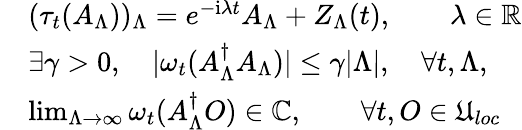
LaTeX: \begin{array}{rl}&{(\tau_{t}(A_{\Lambda}))_{\Lambda}=e^{-\mathrm{i}\lambda t}A_{\Lambda}+Z_{\Lambda}(t),\qquad\lambda\in\mathbb{R}}\\ &{\exists\gamma>0,\quad|\omega_{t}(A_{\Lambda}^{\dagger}A_{\Lambda})|\le\gamma|\Lambda|,\quad\forall t,\Lambda,}\\ &{\operatorname*{lim}_{\Lambda\to\infty}\omega_{t}(A_{\Lambda}^{\dagger}O)\in\mathbb{C},\qquad\forall t,O\in\mathfrak{U}_{loc}}\end{array}